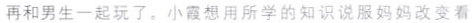
再和男生一起玩了。小霞想用所学的知识说服妈妈改变看